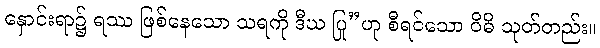
နှောင်းရာ၌ ရဿ ဖြစ်နေသော သရကို ဒီဃ ပြု”ဟု စီရင်သော ဝိဓိ သုတ်တည်း။